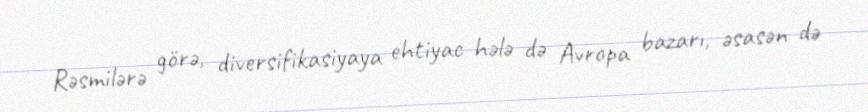
Rəsmilərə görə, diversifikasiyaya ehtiyac hələ də Avropa bazarı, əsasən də